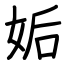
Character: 姤